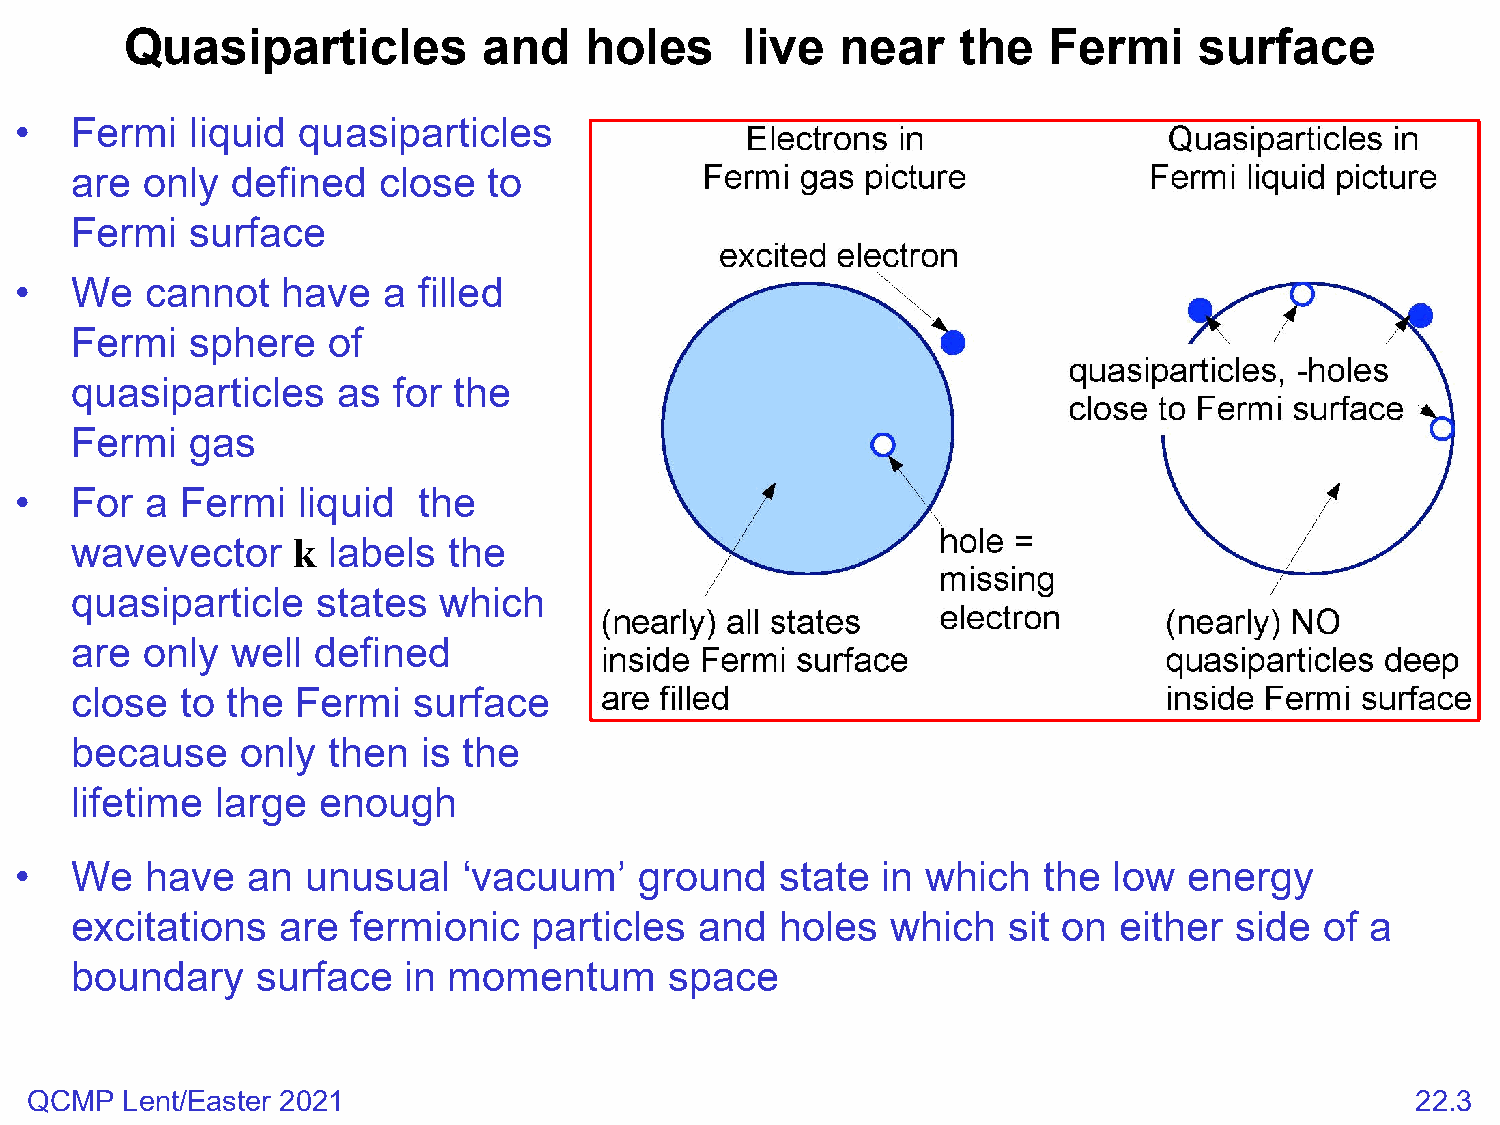
Quasiparticles          and    holes     live   near    the  Fermi     surface
 •   Fermi   liquid quasiparticles
 are only  defined   close  to
 Fermi   surface
 •   We   cannot   have  a  filled
 Fermi   sphere   of
 quasiparticles   as  for the
 Fermi   gas
 •   For  a Fermi   liquid  the
 wavevector    k  labels  the
 quasiparticle   states  which
 are only  well  defined
 close  to the  Fermi  surface
 because    only  then  is the
 lifetime large  enough
 •   We   have  an  unusual    ‘vacuum’   ground    state in which   the  low  energy
 excitations   are fermionic   particles  and   holes  which   sit on either  side  of a
 boundary    surface   in momentum      space
 QCMP  Lent/Easter 2021                                                                      22.3